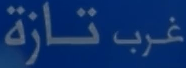
غرب تازة